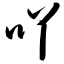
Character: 吖